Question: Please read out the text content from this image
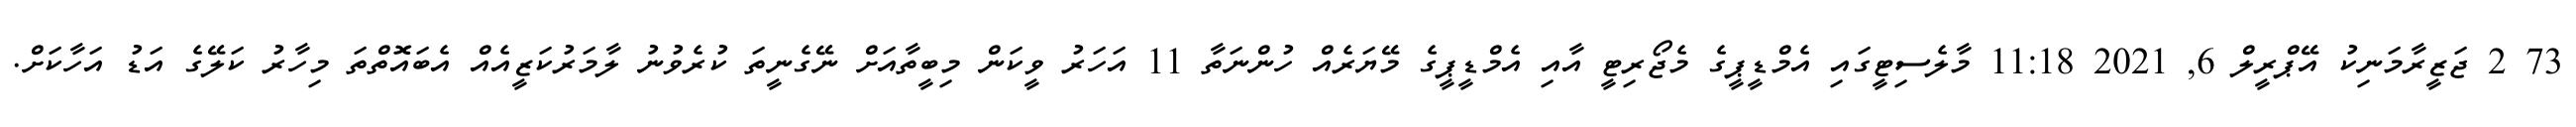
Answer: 73 2 ޖަޒީރާމަނިކު އޭޕްރީލް 6, 2021 11:18 މާލެސިޓީގައި އެމްޑީޕީގެ މެޖޯރިޓީ އާއި އެމްޑީޕީގެ މޭޔަރެއް ހުންނަތާ 11 އަހަރު ވީކަން މިބީތާއަށް ނޭގެނީތަ ކުރެވުނު ލާމަރުކަޒީއެއް އެބައޮތްތަ މިހާރު ކަލޭގެ އަޑު އަހާކަށް.